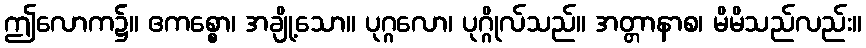
ဤလောက၌။ ဧကစ္စော၊ အချို့သော။ ပုဂ္ဂလော၊ ပုဂ္ဂိုလ်သည်။ အတ္တာနာစ၊ မိမိသည်လည်း။